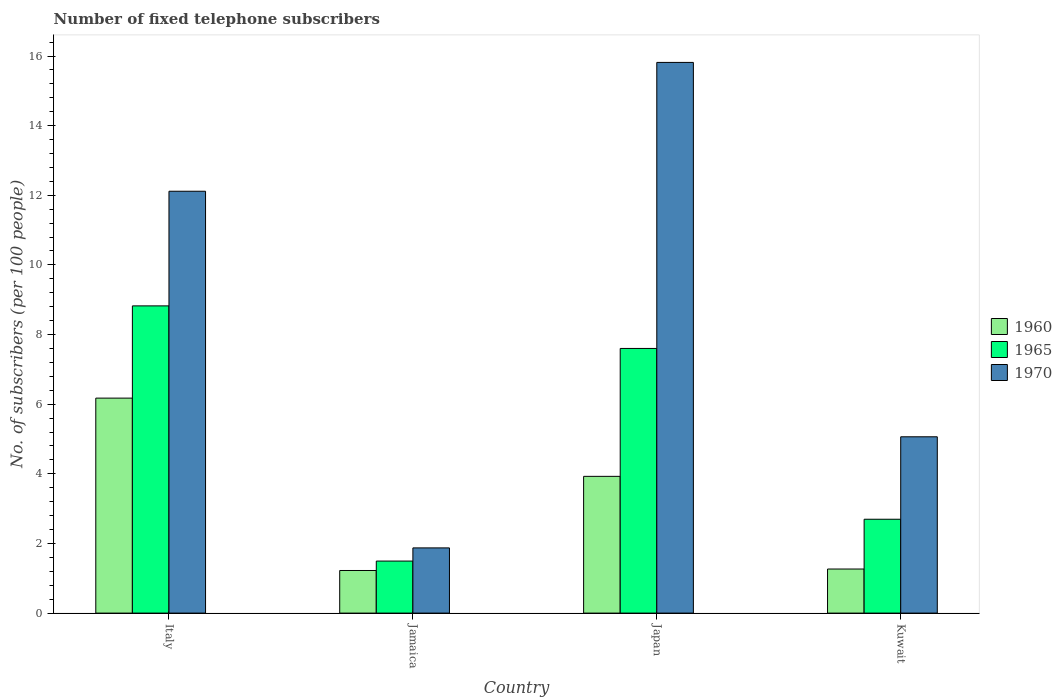
| Country | 1960 | 1965 | 1970 |
 | --- | --- | --- | --- |
 | Italy | 6.17 | 8.82 | 12.1 |
 | Jamaica | 1.22 | 1.49 | 1.87 |
 | Japan | 3.93 | 7.6 | 15.8 |
 | Kuwait | 1.27 | 2.7 | 5.06 |